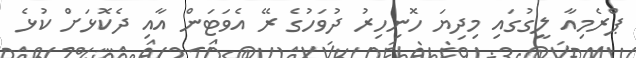
ޕްރެމިއާ ލީގުގައި މިދިޔަ ހޮނިހިރު ދުވަހުގެ ރޭ އެވަޓަން އާއި ދެކޮޅަށް ކުޅެ